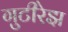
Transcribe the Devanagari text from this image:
गुटीरेझ